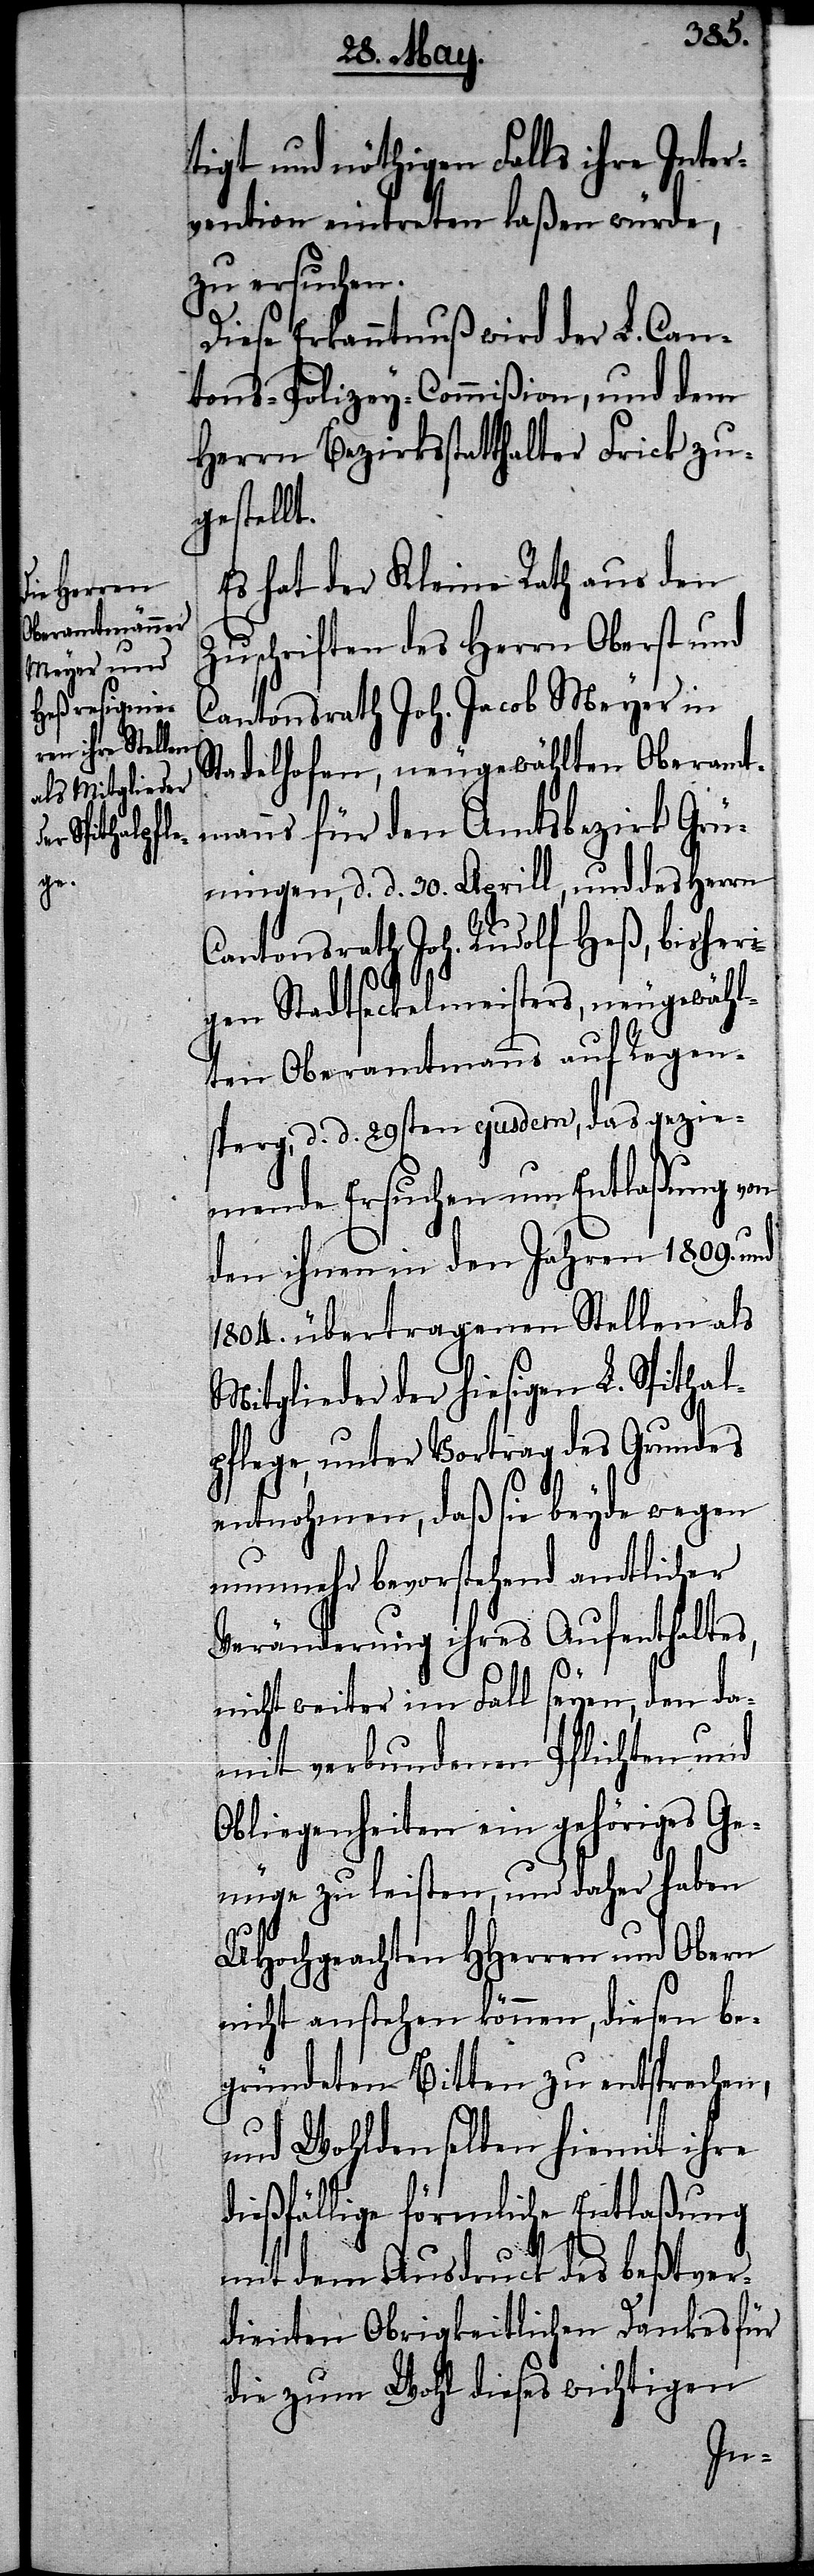
tigt und nöthigen Falls ihre Inter¬
vention eintreten laßen würde,
zu ersuchen.
Diese Erkanntnuß wird der L. Can¬
tons-Polizey-Commißion, und dem
Herrn Bezirksstatthalter Frick zu¬
gestellt.
Es hat der Kleine Rath aus den
Zuschriften des Herrn Oberst und
Cantonsrath Joh. Jacob Meyer in
Stadelhofen, neugewählten Oberamt¬
manns für den Amtsbezirk Grü¬
ningen, d. d. 30. Aprill, und des Herrn
Cantonsrath Joh. Rudolf Heß, bisheri¬
gen Stadtseckelmeisters, neugewähl¬
ten Oberamtmanns auf Regen¬
sperg, d. d. 29sten ejusdem, das gezie¬
mende Ersuchen um Entlaßung von
den ihnen in den Jahren 1809. und
1804. übertragenen Stellen als
Mitglieder der hiesigen L. Spithal¬
pflege, unter Vortrag des Grundes
entnohmen, daß sie beyde wegen
nunmehr bevorstehend amtlicher
Veränderung ihres Aufenthaltes,
nicht weiter im Fall seyen, den da¬
mit verbundenen Pflichten und
Obliegenheiten ein gehöriges Ge¬
nüge zu leisten, und daher haben
UHochgeachten HHerren und Obern
nicht anstehen können, diesen be¬
gründeten Bitten zu entsprechen,
und Wohldenselben hiemit ihre
dießfällige förmliche Entlaßung
mit dem Ausdruck des beßtver¬
dienten Obrigkeitlichen Dankes für
die zum Wohl dieses wichtigen